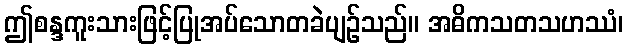
ဤစန္ဒကူးသားဖြင့်ပြုအပ်သောတခဲပျဉ်သည်။ အဓိကသတသဟဿံ၊